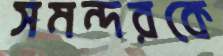
সমন্দরকে